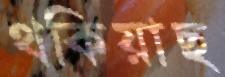
থকিয়াছ